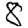
Digit: 8